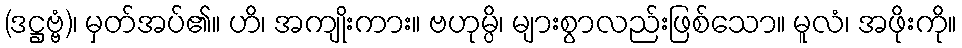
(ဒဋ္ဌဗ္ဗံ)၊ မှတ်အပ်၏။ ဟိ၊ အကျိုးကား။ ဗဟုမ္ပိ၊ များစွာလည်းဖြစ်သော။ မူလံ၊ အဖိုးကို။